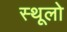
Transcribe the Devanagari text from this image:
स्थूलो